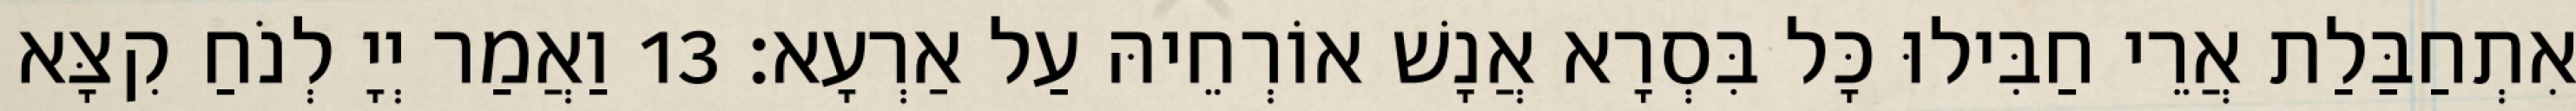
אִתְחַבַּלַת אֲרֵי חַבִּילוּ כָּל בִּסְרָא אֲנָשׁ אוֹרְחֵיהּ עַל אַרְעָא׃ 13 וַאֲמַר יְיָ לְנֹחַ קִצָּא